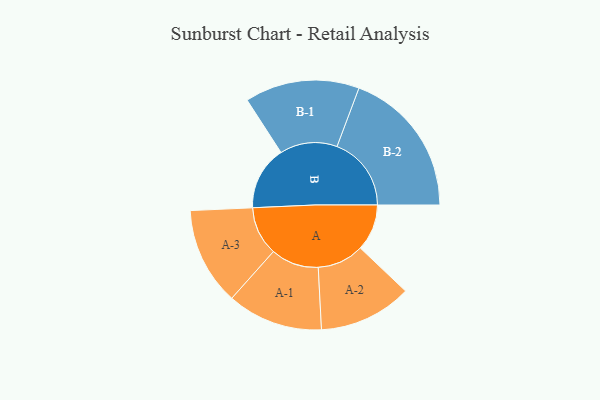
{"axis": {"x": "Segment", "y": "Value"}, "legend": ["", "A", "B"], "data": [{"x": "A", "y": 178, "type": ""}, {"x": "B", "y": 244, "type": ""}, {"x": "A-1", "y": 183, "type": "A"}, {"x": "A-2", "y": 178, "type": "A"}, {"x": "A-3", "y": 187, "type": "A"}, {"x": "B-1", "y": 219, "type": "B"}, {"x": "B-2", "y": 284, "type": "B"}]}